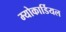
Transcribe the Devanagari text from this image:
म्योकार्डियल